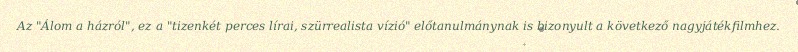
Az "Álom a házról", ez a "tizenkét perces lírai, szürrealista vízió" előtanulmánynak is bizonyult a következő nagyjátékfilmhez.